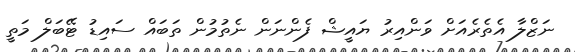
ނަޒްލާ އެތެރެއަށް ވަންއިރު ޔައީޝް ފެންނަން ނެތުމުން ތަބައް ސައިޑު ޓޭބަލް މަތީ